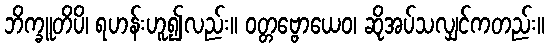
ဘိက္ခူတိပိ၊ ရဟန်းဟူ၍လည်း။ ဝတ္တဗ္ဗောယေဝ၊ ဆိုအပ်သလျှင်ကတည်း။